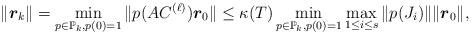
LaTeX: \begin{align*}\| \boldsymbol{r}_k \| = \min_{p \in \mathbb{P}_k, p(0) = 1} \| p(A C^{(\ell)}) \boldsymbol{r}_0 \| \leq \kappa(T) \min_{p \in \mathbb{P}_k, p(0) = 1} \max_{1 \leq i \leq s} \| p(J_i) \| \| \boldsymbol{r}_0 \|,\end{align*}